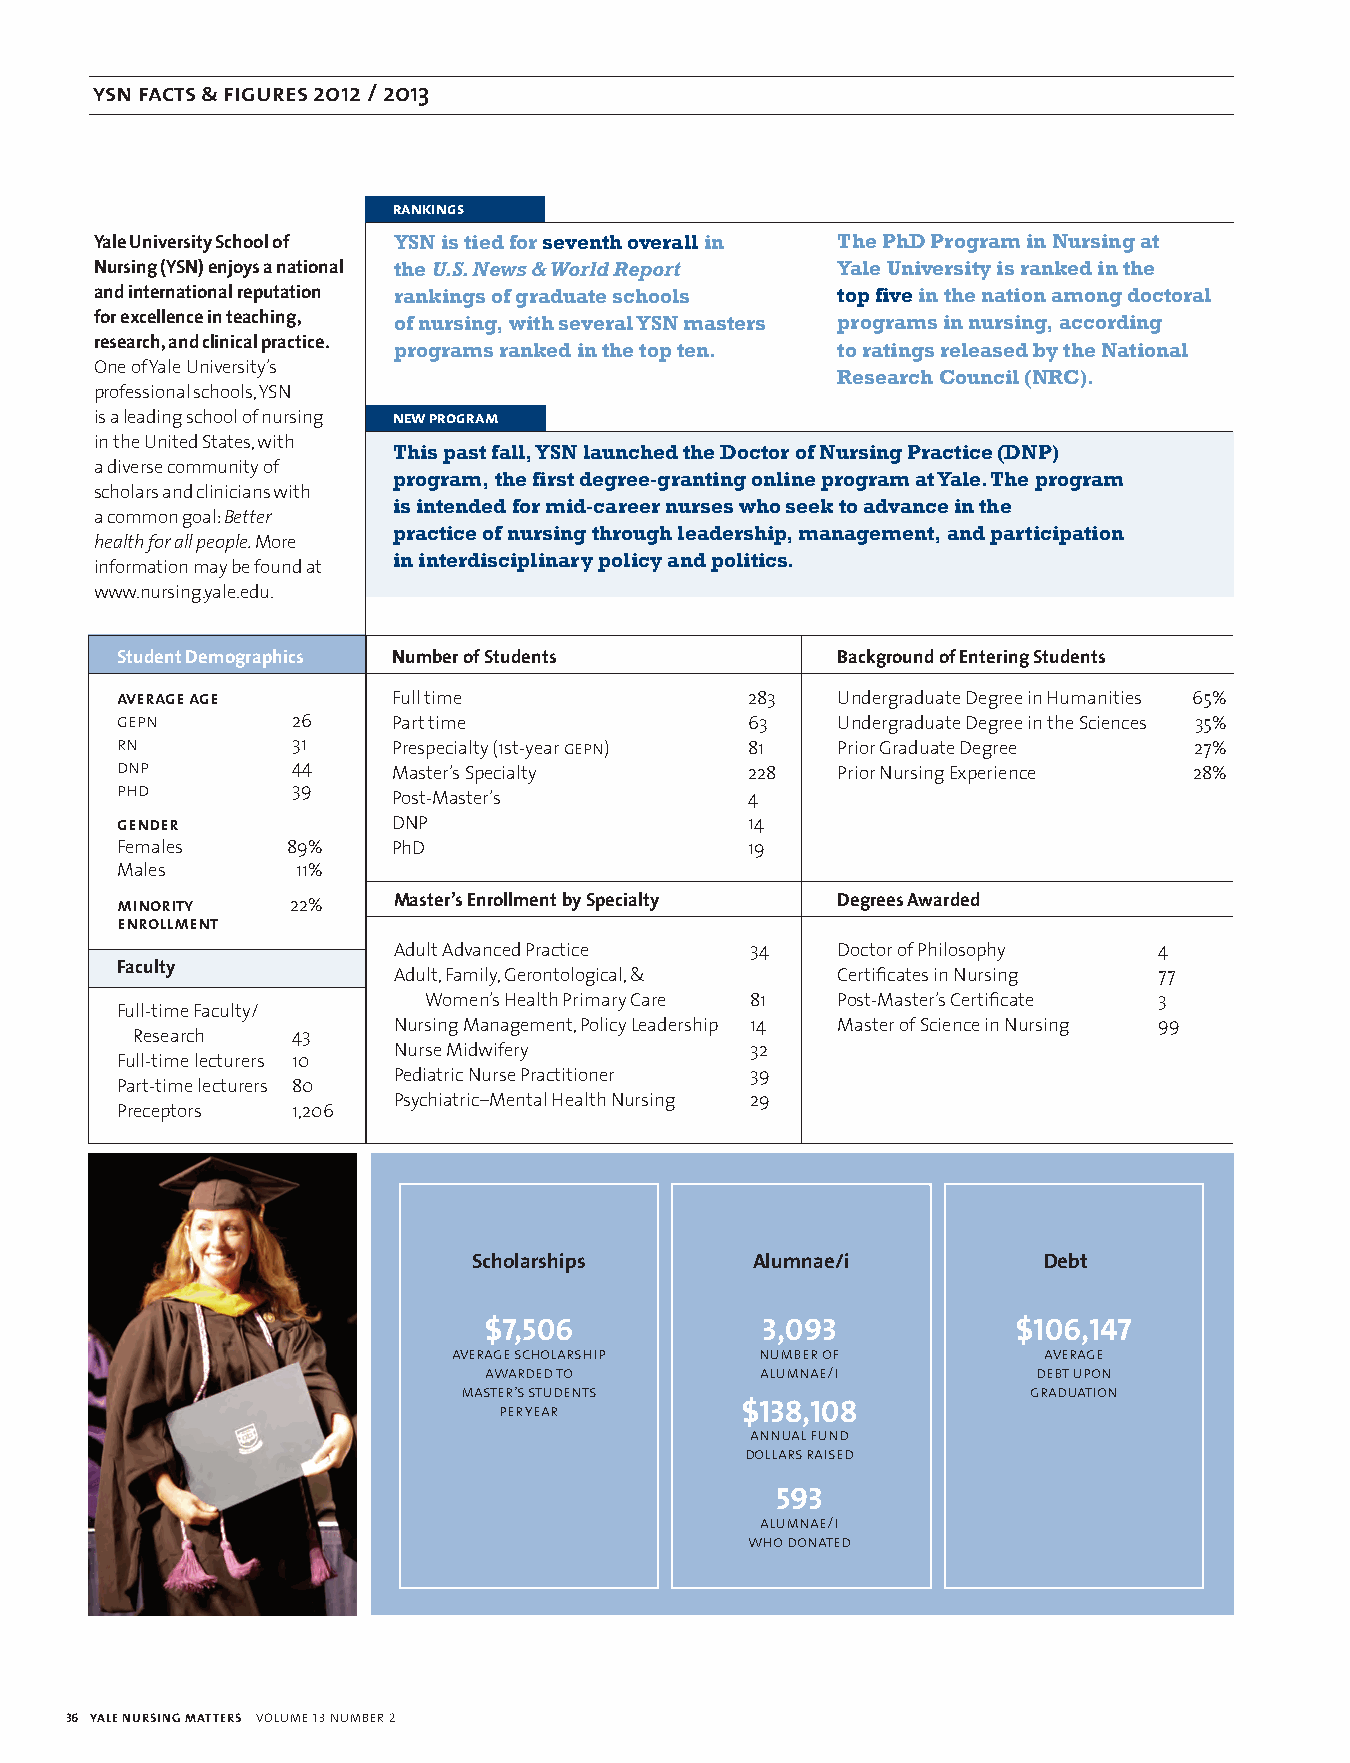
ysn facts & figures 2012 / 2013
 
 rankings
 Yale University School of YSN is tied for seventh overall in The PhD Program in Nursing at
 Nursing (YSN) enjoys a national the U.S. News & World Report Yale University is ranked in the
 and international reputation rankings of graduate schools top five in the nation among doctoral
 for excellence in teaching, of nursing, with several YSN masters programs in nursing, according
 research, and clinical practice. programs ranked in the top ten. to ratings released by the National
 one of Yale university’s                         Research Council (NRC).
 professional schools, YSn
 is a leading school of nursing new program
 in the united States, with  This past fall, YSN launched the Doctor of Nursing Practice (DNP)
 a diverse community of
 program, the first degree-granting online program at Yale. The program
 scholars and clinicians with
 is intended for mid-career nurses who seek to advance in the
 a common goal: Better
 practice of nursing through leadership, management, and participation
 health for all people. more
 in interdisciplinary policy and politics.
 information may be found at
 www.nursing.yale.edu.
 Student Demographics Number of Students         Background of Entering Students
 average age        Full time              283   undergraduate Degree in Humanities 65%
 gepn        26     Part time              63    undergraduate Degree in the Sciences 35%
 rn          31     Prespecialty (1st-year gepn) 81 Prior Graduate Degree 27%
 dnp         44
 master’s Specialty     228   Prior nursing experience 28%
 phd         39
 Post-master’s          4
 gender             DnP                    14
 Females     89%    PhD                    19
 males       11%
 minority    22%    Master’s Enrollment by Specialty Degrees Awarded
 enrollment
 Adult Advanced Practice 34   Doctor of Philosophy 4
 Faculty
 Adult, Family, Gerontological, & Certificates in nursing 77
 Women’s Health Primary Care 81 Post-master’s Certificate 3
 Full-time Faculty/
 nursing management, Policy leadership 14 master of Science in nursing 99
 research  43
 nurse midwifery        32
 Full-time lecturers 10
 Pediatric nurse Practitioner 39
 Part-time lecturers 80
 Psychiatric–mental Health nursing 29
 Preceptors  1,206
 Scholarships       Alumnae/i          Debt
 $7,506            3,093            $106,147
 average scholarship number of          average
 awarded to        alumnae/i         debt upon
 master’s students                     graduation
 per year        $138,108
 annual fund
 dollars raised
 593
 alumnae/i
 who donated
 36 YALE NURSING MATTERS volume 13 number 2
 137823_YNM Spring.indd 36                                                        4/26/13 3:13 PM